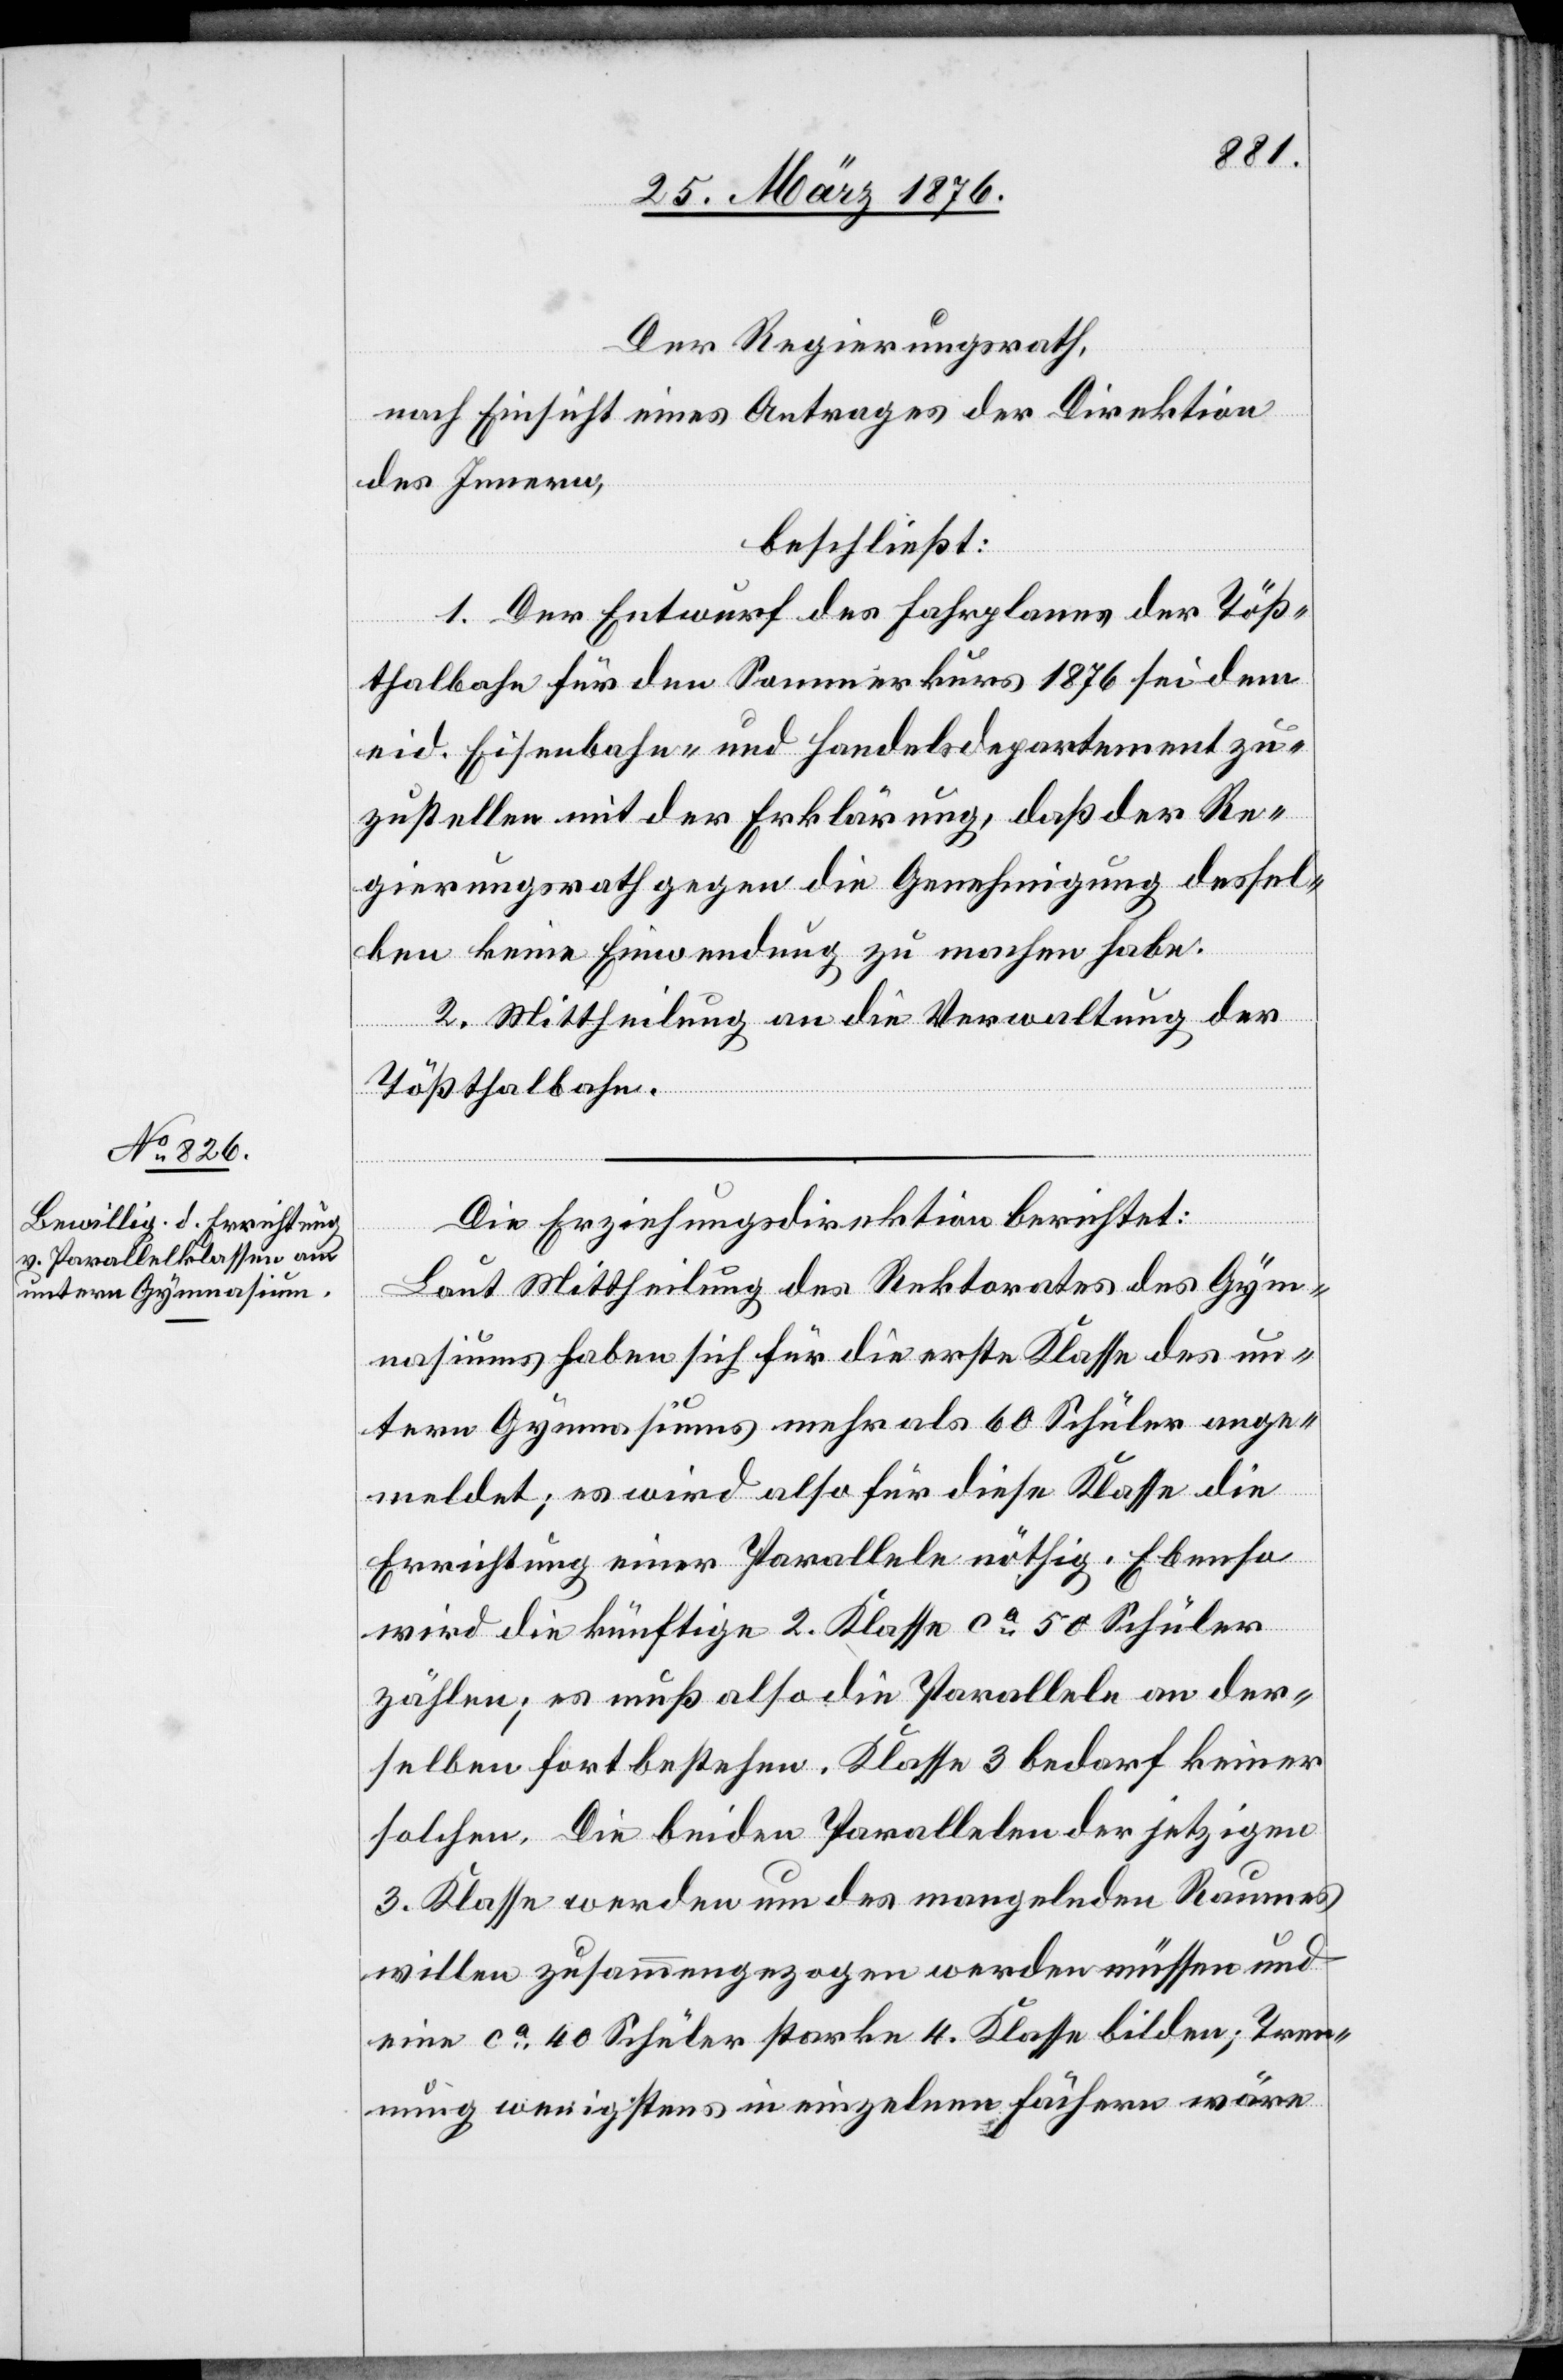
Der Regierungsrath,
nach Einsicht eines Antrages der Direktion
des Innern,
beschließt:
1. Der Entwurf des Fahrplanes der Töß¬
thalbahn für den Sommerkurs 1876 sei dem
eid. Eisenbahn- und Handelsdepartement zu¬
zustellen mit der Erklärung, daß der Re¬
gierungsrath gegen die Genehmigung dessel¬
ben keine Einwendung zu machen habe.
2. Mittheilung an die Verwaltung der
Tößthalbahn.
Die Erziehungsdirektion berichtet:
Laut Mittheilung des Rektorates des Gym¬
nasiums haben sich für die erste Klasse des un¬
tern Gymnasiums mehr als 60 Schüler ange¬
meldet; es wird also für diese Klasse die
Errichtung einer Parallele nöthig. Ebenso
wird die künftige 2. Klasse ca 50 Schüler
zählen, es muß also die Parallele an der¬
selben fortbestehen. Klasse 3 bedarf keiner
solchen. Die beiden Parallelen der jetzigen
3. Klasse werden um des mangelnden Raumes
willen zusammengezogen werden müssen und
eine ca 40 Schüler starke 4. Klasse bilden; Tren¬
nung wenigstens in einzelnen Fächern wäre